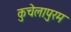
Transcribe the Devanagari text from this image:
कुचेलापुरम